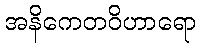
အနိကေတဝိဟာရော